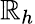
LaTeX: \mathbb{R}_{h}